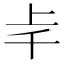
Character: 𠦋